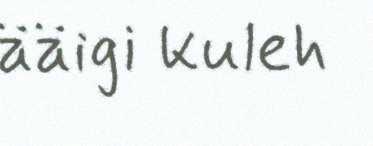
ääigi kuleh